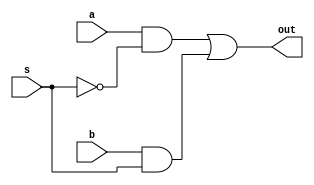
module mux2to1(out, a, b, s);
	
	input a, b;
	input s;
	
	output out;
	
	wire not_s;
	wire temp_a, temp_b;
	
	not not_1(not_s, s);
	
	and and_a(temp_a, a, not_s);
	and and_b(temp_b, b, s);
	
	or or_output(out, temp_a, temp_b);
	
endmodule